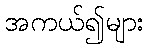
အကယ်၍များ